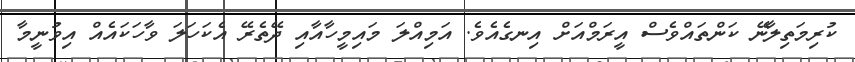
ކުރިމަތިލާނޭ ކަންތައްވެސް އީރަމްއަށް އިނގެއެވެ. އަމިއްލަ މައިމީހާއާއި ދޭތެރޭ އެކަހަލަ ވާހަކައެއް އިވުނީމާ